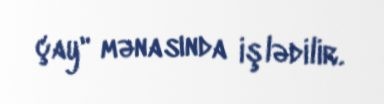
çay" mənasında işlədilir.